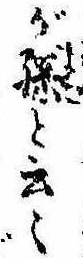
が孫と云〻